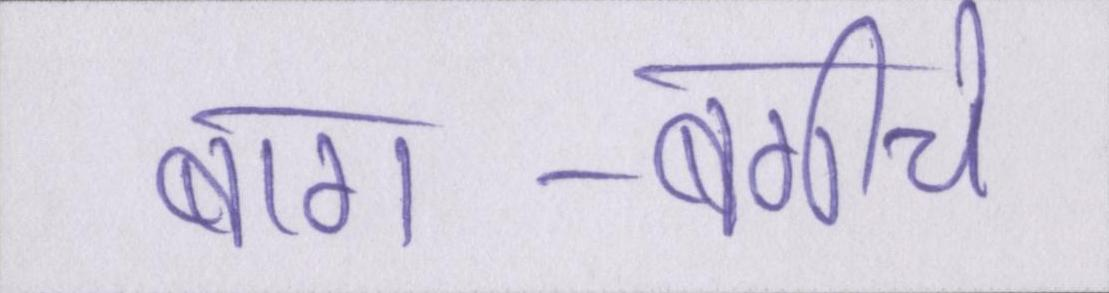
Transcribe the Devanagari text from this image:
बाग-बगीचे